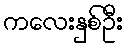
ကလေးနှစ်ဦး